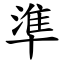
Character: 準